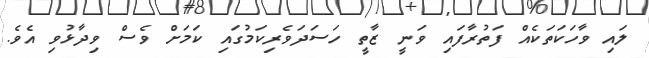
ލައި ވާހަކަތަކެއް ފަތުރާފައި ވަނީ ޒާތީ ހަސަދަވެރިކަމުގައި ކަމަށް ވެސް ވިދާޅުވި އެވެ.